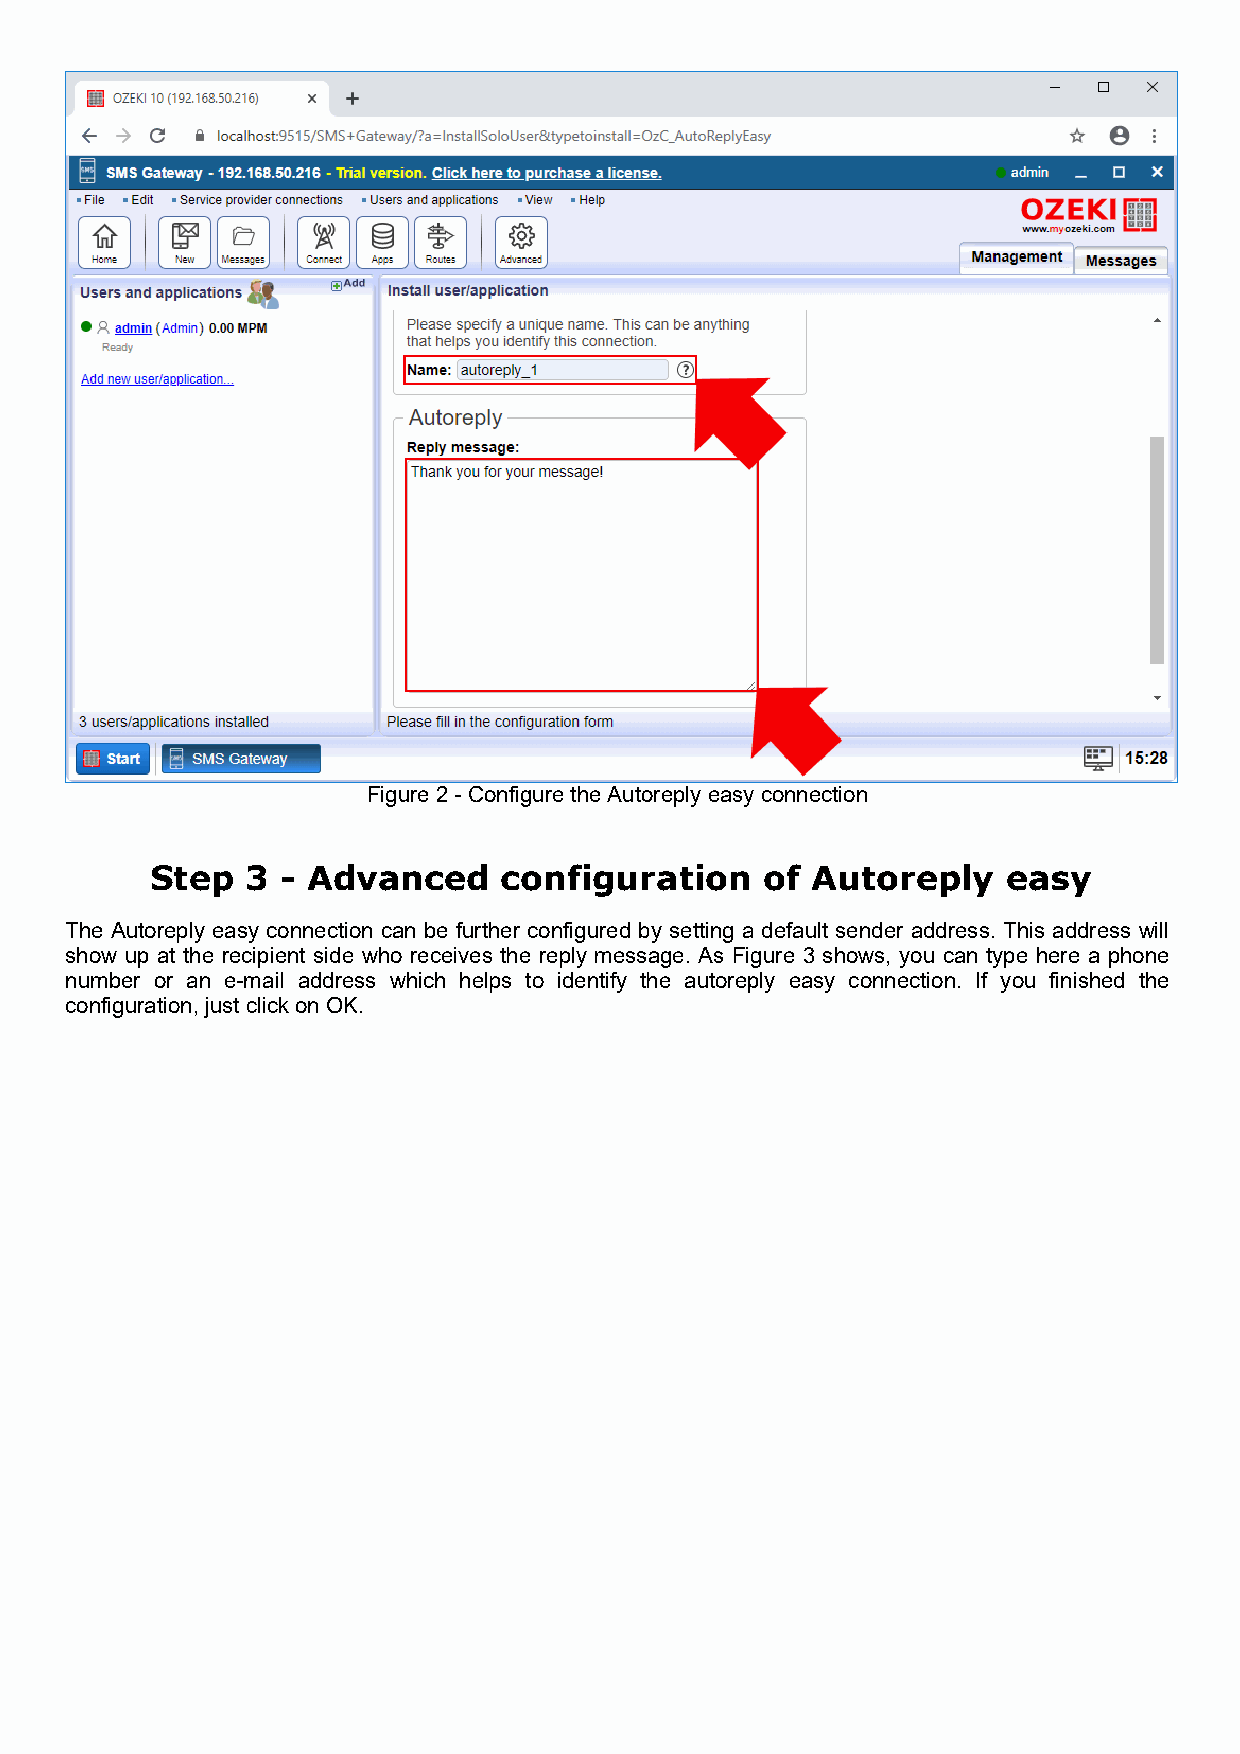
Figure 2 - Configure the Autoreply easy connection
 Step  3  - Advanced    configuration     of Autoreply    easy
 The Autoreply easy connection can be further configured by setting a default sender address. This address will
 show up at the recipient side who receives the reply message. As Figure 3 shows, you can type here a phone
 number or an e-mail address which helps to identify the autoreply easy connection. If you finished the
 configuration, just click on OK.